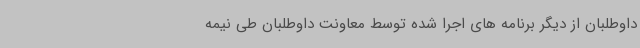
داوطلبان از دیگر برنامه های اجرا شده توسط معاونت داوطلبان طی نیمه